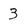
Character: 3